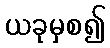
ယခုမှစ၍